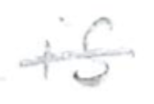
Text: is
Cross-out: single-line
Writing tool: pencil